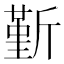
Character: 斳